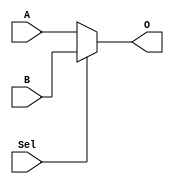
`timescale 1ns / 1ps
//////////////////////////////////////////////////////////////////////////////////
// Company: 
// Engineer: 
// 
// Design Name: 
// Module Name:    MUX5_2_1 
// Project Name: 
// Target Devices: 
// Tool versions: 
// Description: 
//
// Dependencies: 
//
// Revision: 
// Revision 0.01 - File Created
// Additional Comments: 
//
//////////////////////////////////////////////////////////////////////////////////
module MUX5_2_1(
    input [4:0] A , B ,
	 input Sel ,
	 output [4:0] O
    );

    assign O = Sel ? B : A;
	 
endmodule